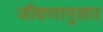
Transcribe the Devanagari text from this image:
जीवणानुसार